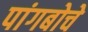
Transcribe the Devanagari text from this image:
पांगबोचे